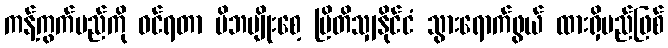
ကန့်ကွက်မည်ကို ဝင်ရတာ မိဘမျိုးစေ့ ဗြိတိသျှနိုင်ငံ သွားရောက်ဖွယ် ထားရှိမည်ဖြစ်